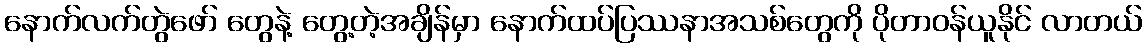
နောက်လက်တွဲဖော် တွေနဲ့ တွေ့တဲ့အချိန်မှာ နောက်ထပ်ပြဿနာအသစ်တွေကို ပိုတာဝန်ယူနိုင် လာတယ်